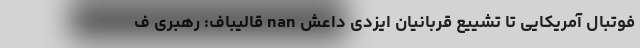
فوتبال آمریکایی تا تشییع قربانیان ایزدی داعش nan قالیباف: رهبری ف